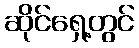
ဆိုင်ရှေ့တွင်